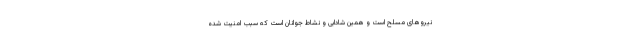
نیروهای مسلح است و همین شادابی و نشاط جوانان است که سبب امنیت شده